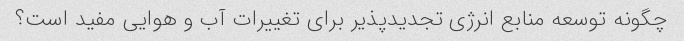
چگونه توسعه منابع انرژی تجدیدپذیر برای تغییرات آب و هوایی مفید است؟